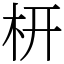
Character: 枅